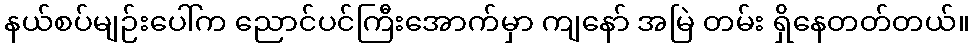
နယ်စပ်မျဉ်းပေါ်က ညောင်ပင်ကြီးအောက်မှာ ကျနော် အမြဲ တမ်း ရှိနေတတ်တယ်။